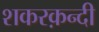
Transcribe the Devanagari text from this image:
शकरक़न्दी